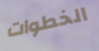
الخطوات